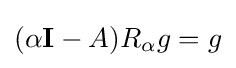
(\alpha \mathbf {I} -A)R_{\alpha }g=g